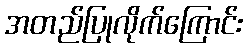
အတည်ပြုလိုက်ကြောင်း